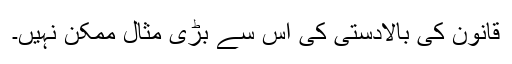
قانون کی بالادستی کی اس سے بڑی مثال ممکن نہیں۔